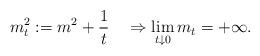
LaTeX: \begin{align*}m^2_t := m^2 + \frac{1}{t} \quad\Rightarrow\lim_{t\downarrow 0}m_t = +\infty.\end{align*}